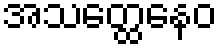
အသတ္ထေနေဝ